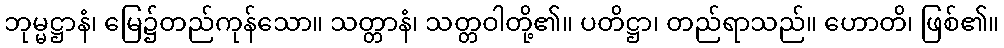
ဘုမ္မဋ္ဌာနံ၊ မြေ၌တည်ကုန်သော။ သတ္တာနံ၊ သတ္တဝါတို့၏။ ပတိဋ္ဌာ၊ တည်ရာသည်။ ဟောတိ၊ ဖြစ်၏။